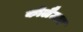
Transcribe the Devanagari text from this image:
कोलैउटा